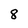
Character: 8